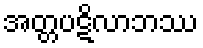
အတ္တပဋိလာဘဿ